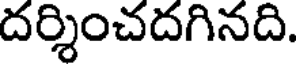
దర్శించదగినది.